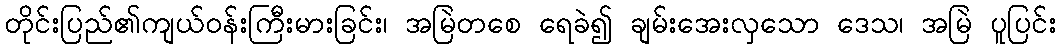
တိုင်းပြည်၏ကျယ်ဝန်းကြီးမားခြင်း၊ အမြဲတစေ ရေခဲ၍ ချမ်းအေးလှသော ဒေသ၊ အမြဲ ပူပြင်း